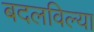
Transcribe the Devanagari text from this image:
बदलविल्या